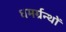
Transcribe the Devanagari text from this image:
धमर्ग्रन्थों